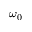
\omega _ { 0 }